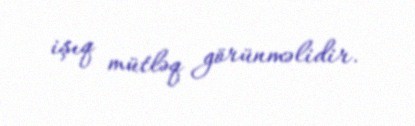
işıq mütləq görünməlidir.